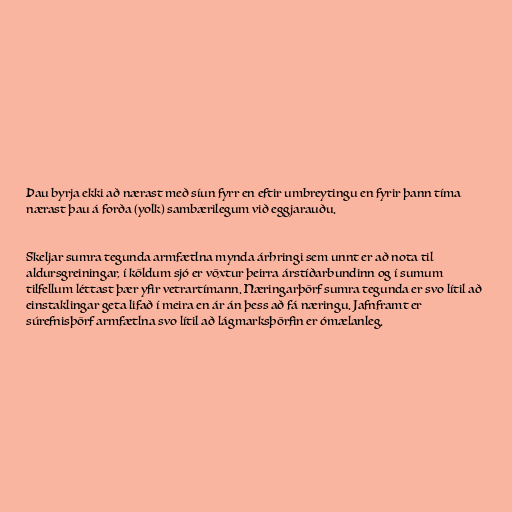
Þau byrja ekki að nærast með síun fyrr en eftir umbreytingu en fyrir þann tíma
nærast þau á forða (yolk) sambærilegum við eggjarauðu.

Skeljar sumra tegunda armfætlna mynda árhringi sem unnt er að nota til
aldursgreiningar, í köldum sjó er vöxtur þeirra árstíðarbundinn og í sumum
tilfellum léttast þær yfir vetrartímann. Næringarþörf sumra tegunda er svo lítil að
einstaklingar geta lifað í meira en ár án þess að fá næringu. Jafnframt er
súrefnisþörf armfætlna svo lítil að lágmarksþörfin er ómælanleg.